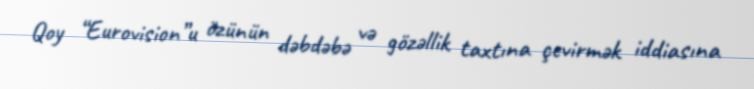
Qoy “Eurovision”u özünün dəbdəbə və gözəllik taxtına çevirmək iddiasına